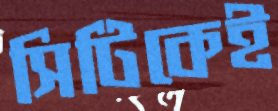
সিটিকেই